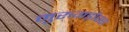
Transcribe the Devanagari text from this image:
मुरुगड़ोस्स